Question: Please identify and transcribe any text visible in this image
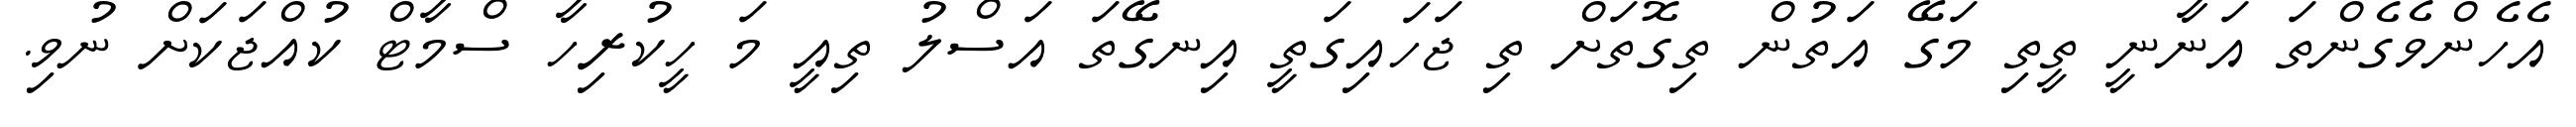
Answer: އެހެންވެގެންތަ އަނާނީ ތީތި މަގޭ އަތުން ތިގޮތަށް ތި ޖަހައިގަތީ އިނގޭތަ އަސްލު ތިއީ މަ ހީކުރިހާ ސްމާޓް ކުއްޖަކަށް ނުވި.